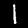
Label: 1